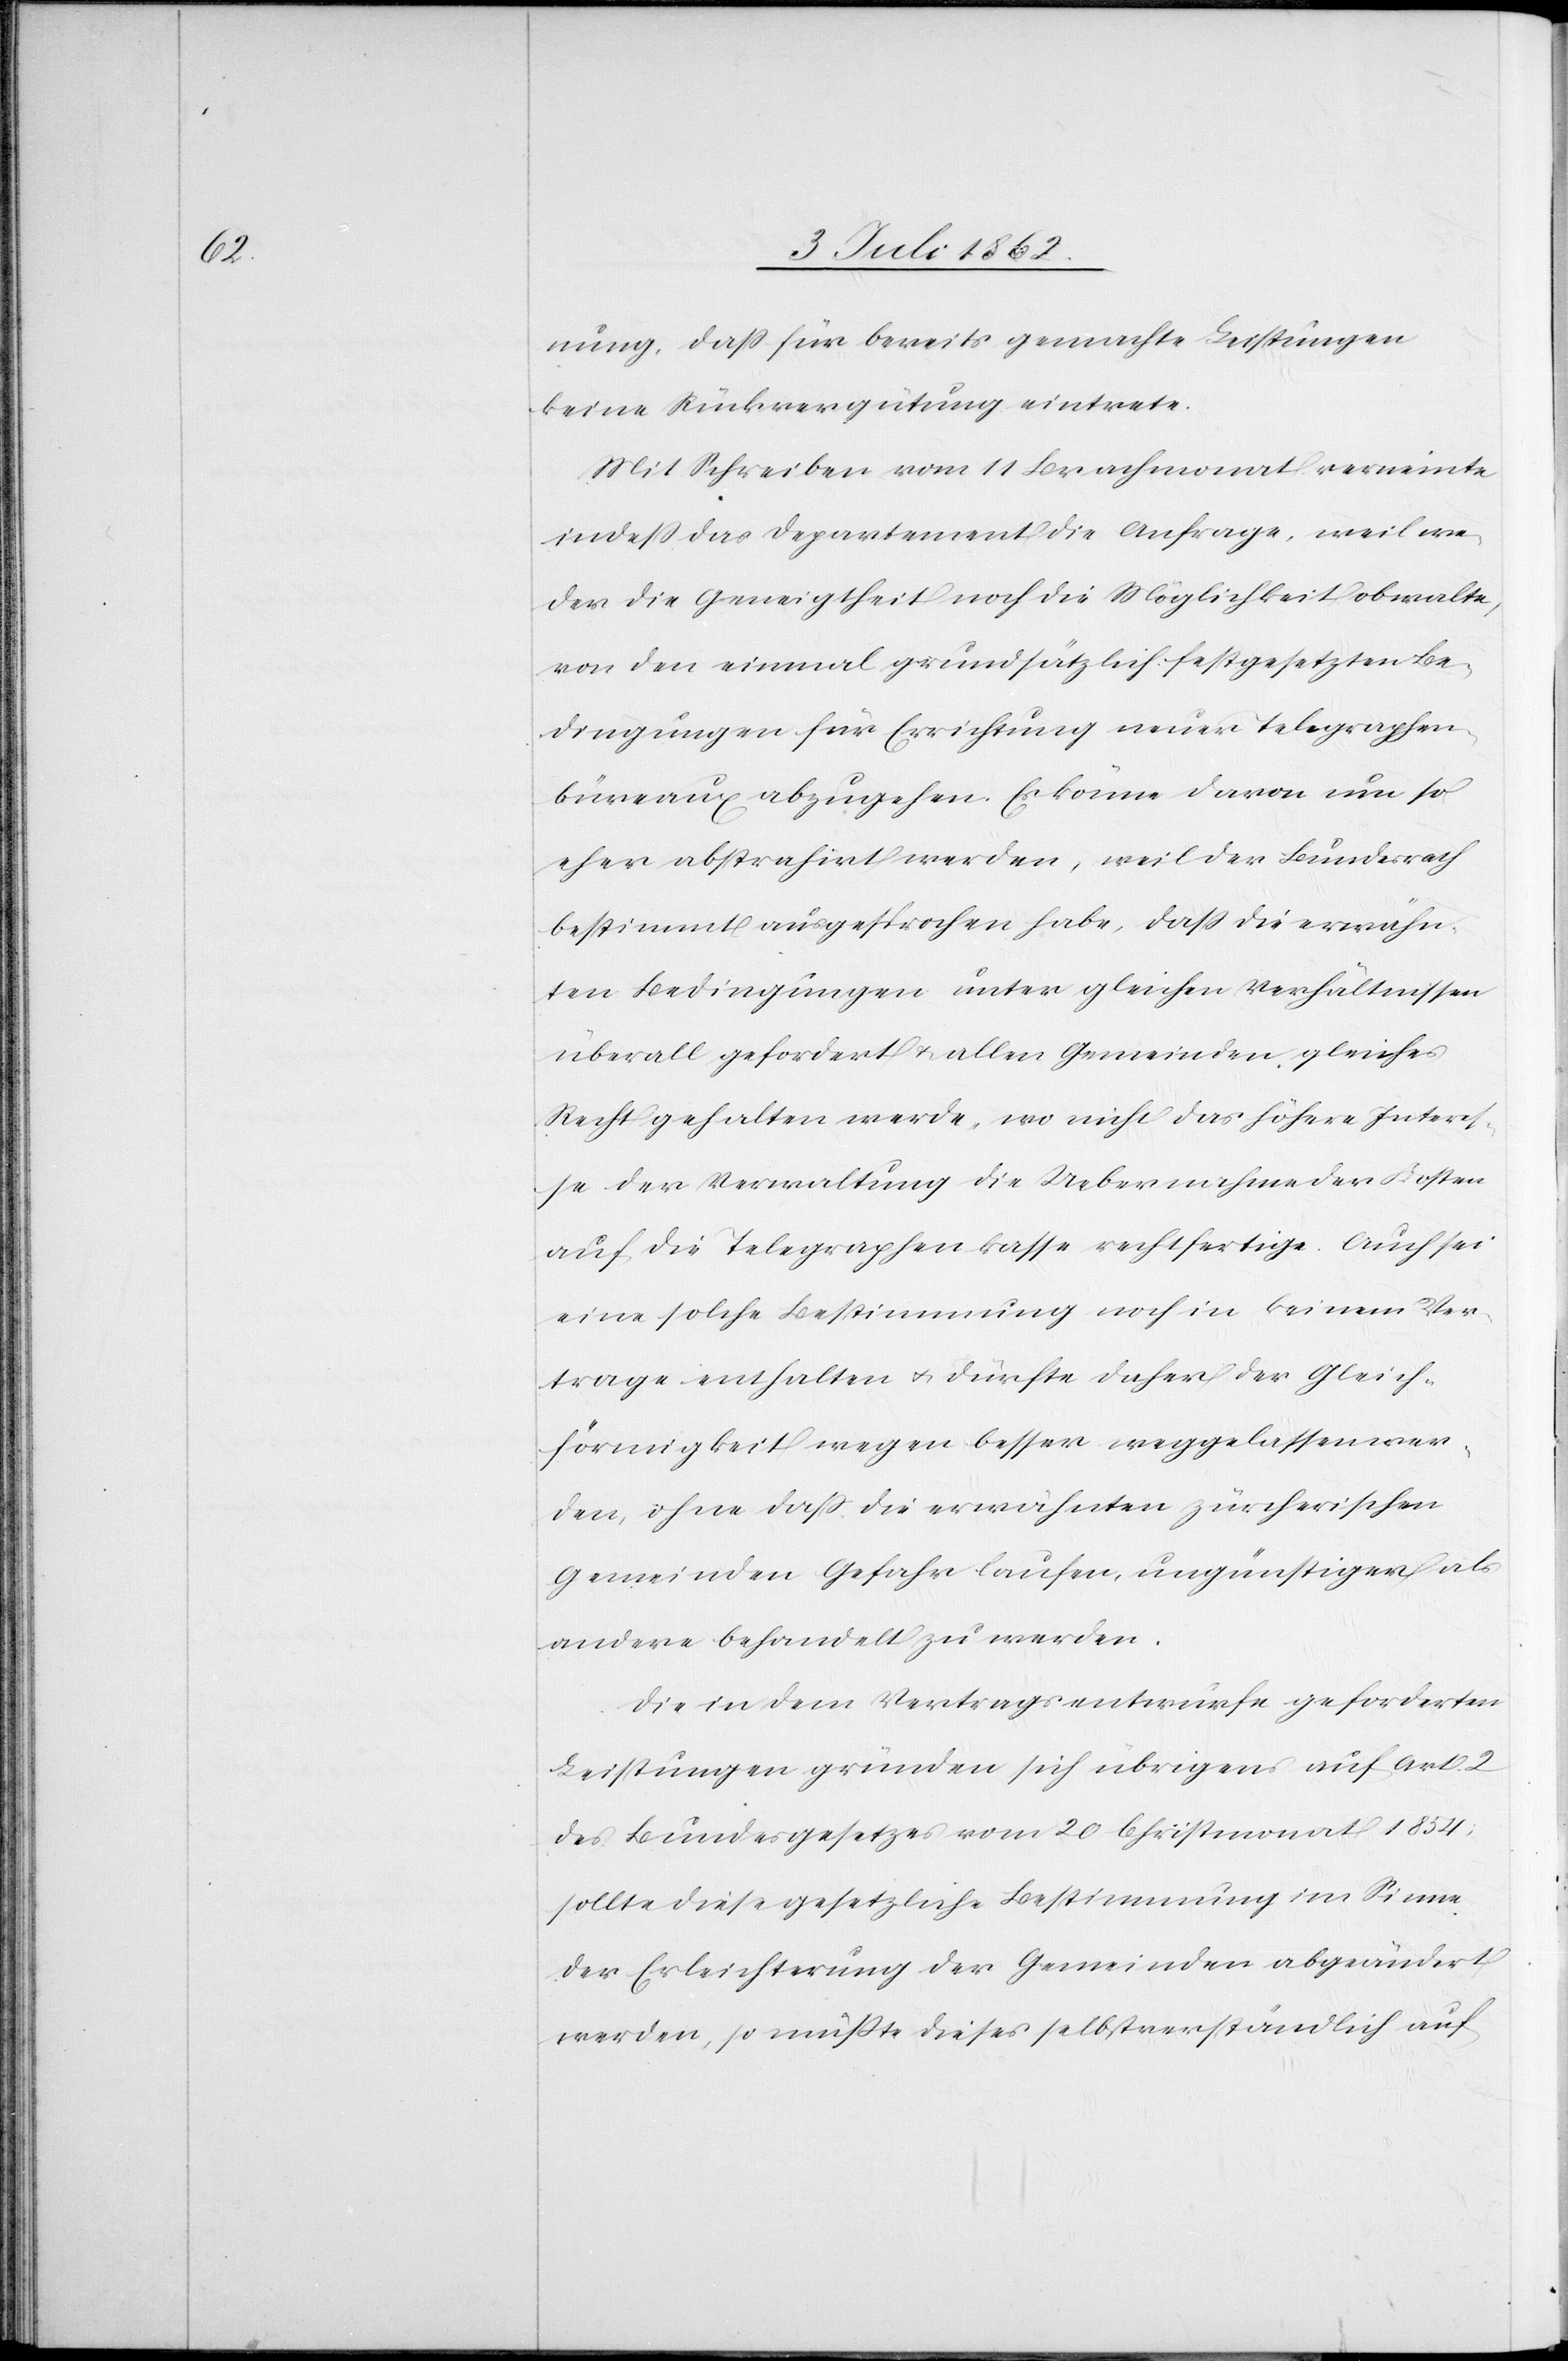
nung, daß für bereits gemachte Leistungen
keine Rückvergütung eintrete.
Mit Schreiben vom 11 Brachmonat verneinte
indeß das Departement die Anfrage, weil we¬
der die Geneigtheit noch die Möglichkeit obwalte,
von den einmal grundsätzlich festgesetzten Be¬
dingungen für Errichtung neuer Telegraphen¬
büreaux abzugehen. Es könne davon um so
eher abstrahirt werden, weil der Bundesrath
bestimmt ausgesprochen habe, daß die erwähn¬
ten Bedingungen unter gleichen Verhältnissen
überall gefordert u. allen Gemeinden gleiches
Recht gehalten werde, wo nicht das höhere Interes¬
se der Verwaltung die Uebernahme der Kosten
auf die Telegraphenkasse rechtfertige. Auch sei
eine solche Bestimmung noch in keinem Ver¬
trage enthalten u. dürfte daher der Gleich¬
förmigkeit wegen besser weggelassen wer¬
den, ohne daß die erwähnten zürcherischen
Gemeinden Gefahr laufen, ungünstiger als
andere behandelt zu werden.
Die in dem Vertragsentwurfe geforderten
Leistungen gründen sich übrigens auf Art. 2
des Bundesgesetzes vom 20 Christmonat 1854.
sollte diese gesetzliche Bestimmung im Sinne
der Erleichterung der Gemeinden abgeändert
werden, so müßte dieses selbstverständlich auf